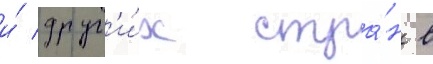
и́ друг'и́х стра́н в